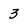
Character: 3